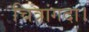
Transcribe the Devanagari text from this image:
चित्रांगदा।